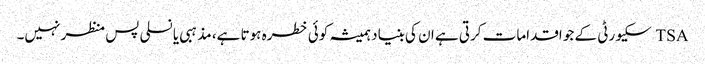
TSA سکیورٹی کے جو اقدامات کرتی ہے ان کی بنیاد ہمیشہ کوئی خطرہ ہوتا ہے، مذہبی یا نسلی پس منظر نہیں۔